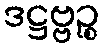
ဒဋ္ဌဗ္ဗဉ္စ